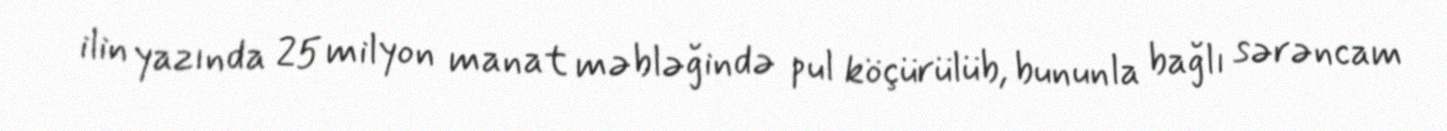
ilin yazında 25 milyon manat məbləğində pul köçürülüb, bununla bağlı sərəncam